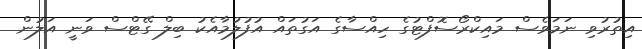
އިތުރުވި ނަމަވެސް މައިކްރޯސޮފްޓުގެ ހިއްސާގެ އަގުތައް އުފުލުމާއެކު ބިލް ގޭޓްސް ވަނީ އަލުން